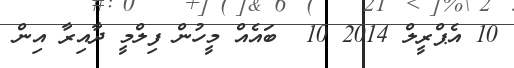
10 އެޕްރީލް 2014 10  ބައެއް މީހުން ފިލްމީ ދާއިރާ އިން